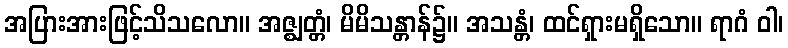
အပြားအားဖြင့်သိသလော။ အဇ္ဈတ္တံ၊ မိမိသန္တာန်၌။ အသန္တံ၊ ထင်ရှားမရှိသော။ ရာဂံ ဝါ၊